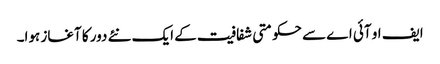
ایف او آئی اے سے حکومتی شفافیت کے ایک نئے دور کا آغاز ہوا۔